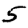
Digit: 5